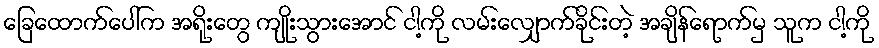
ခြေထောက်ပေါ်က အရိုးတွေ ကျိုးသွားအောင် ငါ့ကို လမ်းလျှောက်ခိုင်းတဲ့ အချိန်ရောက်မှ သူက ငါ့ကို